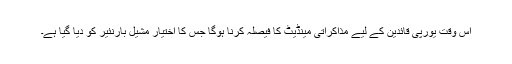
اس وقت یورپی قائدین کے لیے مذاکراتی مینڈیٹ کا فیصلہ کرنا ہوگا جس کا اختیار مشیل بارنئیر کو دیا گیا ہے۔